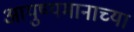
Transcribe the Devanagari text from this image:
आयुष्यमानाच्या